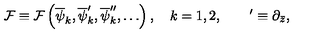
{ \cal F } \equiv { \cal F } \left( \overline { \psi } _ { k } , \overline { \psi } _ { k } ^ { \prime } , \overline { \psi } _ { k } ^ { \prime \prime } , \ldots \right) , \quad k = 1 , 2 , \qquad ^ { \prime } \equiv \partial _ { \bar { z } } ,